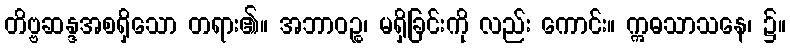
တိဗ္ဗဆန္ဒအစရှိသော တရား၏။ အဘာဝဉ္စ၊ မရှိခြင်းကို လည်း ကောင်း။ ဣဓသာသနေ၊ ၌။